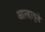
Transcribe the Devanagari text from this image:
आल्हायुडे